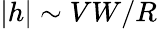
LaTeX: \left|h\right|\sim{VW/R}